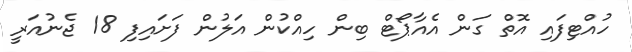
ހުއްޓިފައި އޮތް ގަން އެއާޕޯޓް ބިން ހިއްކުން އަލުން ފަށައިފި 18 ޖެނުއަރީ